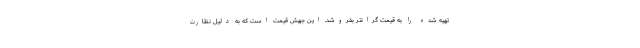
تهیه شده را به قیمت گرانتر بفروشد. این جهش قیمت است که به دلیل نظارت